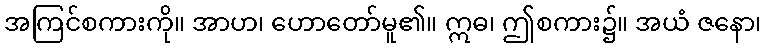
အကြင်စကားကို။ အာဟ၊ ဟောတော်မူ၏။ ဣဓ၊ ဤစကား၌။ အယံ ဇနော၊